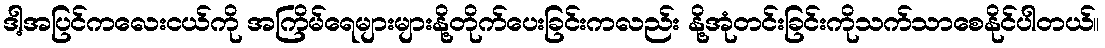
ဒါ့အပြင်ကလေးငယ်ကို အကြိမ်ရေများများနို့တိုက်ပေးခြင်းကလည်း နို့အုံတင်းခြင်းကိုသက်သာစေနိုင်ပါတယ်။